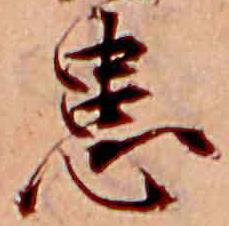
患